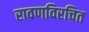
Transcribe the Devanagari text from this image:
रावणविरचित